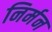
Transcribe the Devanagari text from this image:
निर्मन